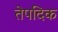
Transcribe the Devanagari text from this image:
तेपदिक